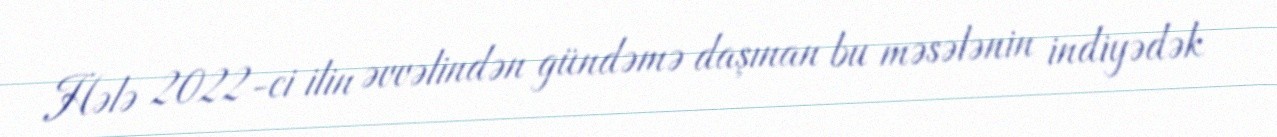
Hələ 2022-ci ilin əvvəlindən gündəmə daşınan bu məsələnin indiyədək